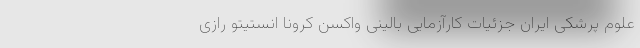
علوم پرشکی ایران جزئیات کارآزمایی بالینی واکسن کرونا انستیتو رازی